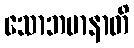
သောဘမာနာတိ